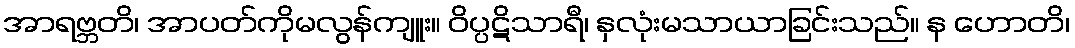
အာရဗ္ဘတိ၊ အာပတ်ကိုမလွန်ကျူး။ ဝိပ္ပဋိသာရီ၊ နှလုံးမသာယာခြင်းသည်။ န ဟောတိ၊